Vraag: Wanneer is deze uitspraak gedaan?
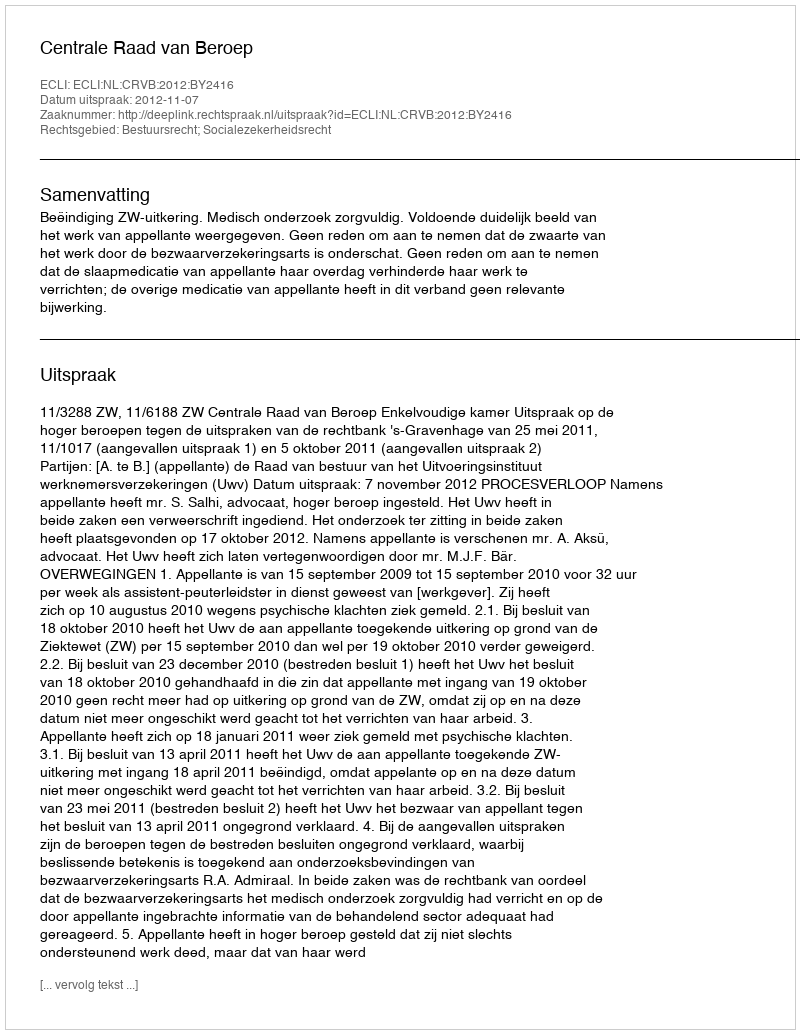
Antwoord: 2012-11-07